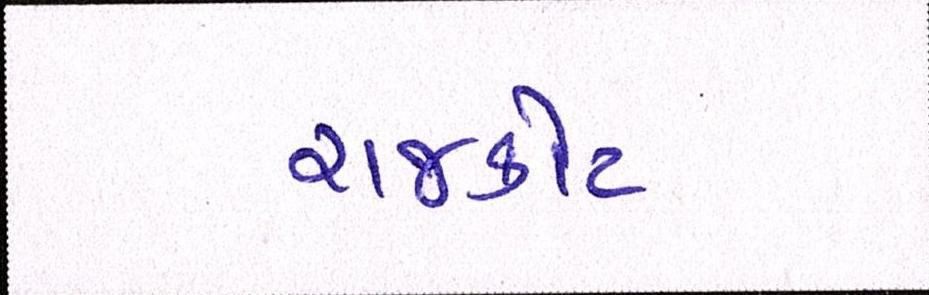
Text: રાજકોટ